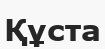
Құста